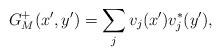
\begin{align*}G_{M}^{+}(x',y')=\sum_j v_j(x') v^*_j(y'),\end{align*}